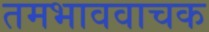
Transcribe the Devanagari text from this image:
तमभाववाचक